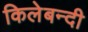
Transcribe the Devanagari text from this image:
किलेबन्‍दी